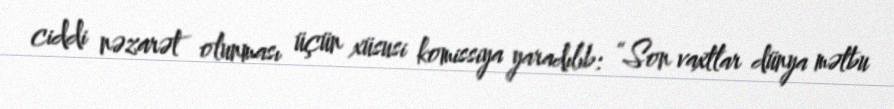
ciddi nəzarət olunması üçün xüsusi komissiya yaradılıb: “Son vaxtlar dünya mətbu